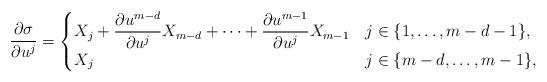
LaTeX: \begin{align*}\frac{\partial \sigma}{\partial u^{j}} =\begin{cases}X_{j} + \dfrac{\partial u^{m-d}}{\partial u^{j}} X_{m-d} + \dotsb + \dfrac{\partial u^{m-1}}{\partial u^{j}} X_{m-1} & j \in \{1, \dotsc, m-d-1\},\\X_{j} & j \in \{m-d, \dotsc, m-1\},\end{cases}\end{align*}